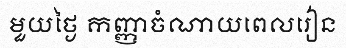
មួយថ្ងៃ កញ្ញាចំណាយពេលរៀន